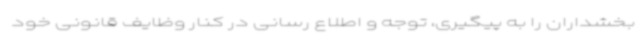
بخشداران را به پیگیری، توجه و اطلاع رسانی در کنار وظایف قانونی خود